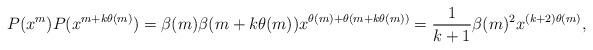
LaTeX: \begin{align*}P(x^m)P(x^{m+k\theta(m)})=\beta(m)\beta(m+k\theta(m))x^{\theta(m)+\theta(m+k\theta(m))}=\frac{1}{k+1}\beta(m)^2x^{(k+2)\theta(m)},\end{align*}